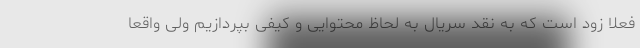
فعلا زود است که به نقد سریال به لحاظ محتوایی و کیفی بپردازیم ولی واقعا